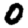
Digit: 0